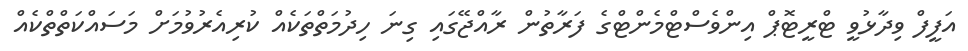
އަފީފް ވިދާޅުވީ ޓްރީޓޮޕް އިންވެސްޓްމެންޓްގެ ފަރާތުން ރާއްޖޭގައި ގިނަ ހިދުމަތްތަކެއް ކުރިއެރުވުމަށް މަސައްކަތްތްކެއް